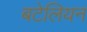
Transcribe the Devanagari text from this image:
बटेलियन